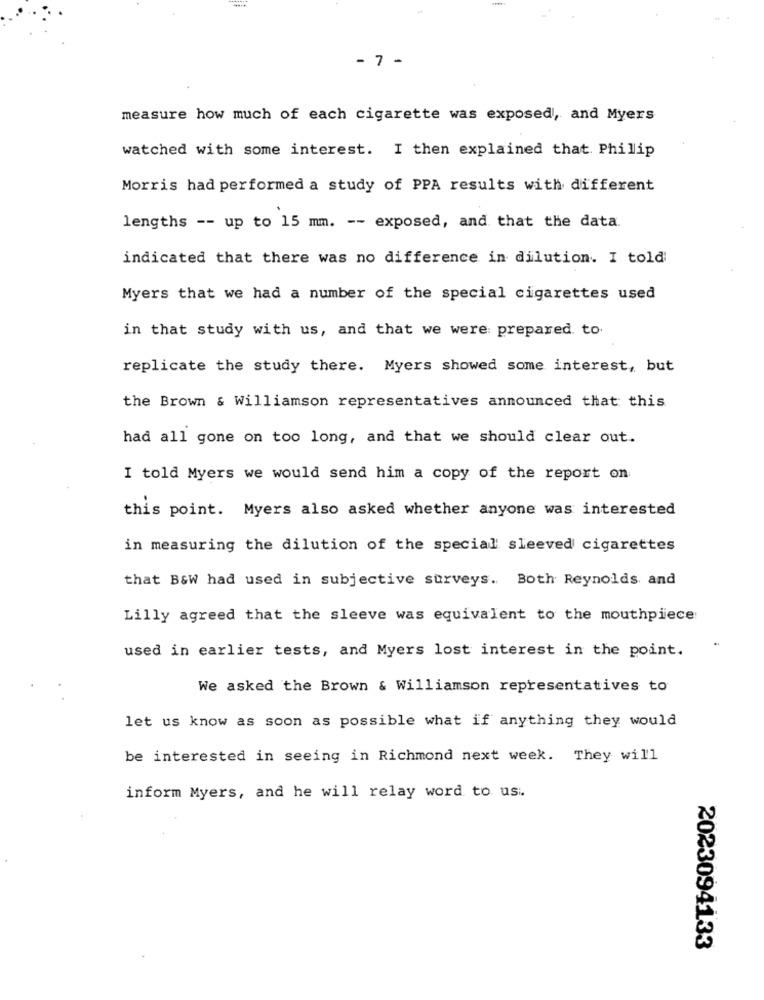
- 7 -
measure how much of each cigarette was exposed, and Myers
watched with some interest. I then explained that. Phillip
Morris had performed a study of PPA results with different
lengths -- up to 15 mm. -- exposed, and that the data.
indicated that there was no difference in dilution. I told
Myers that we had a number of the special cigarettes used
in that study with us, and that we were prepared. to.
replicate the study there. Myers showed some interest, but
the Brown & Williamson representatives announced that this
had all gone on too long, and that we should clear out.
I told Myers we would send him a copy of the report on
this point. Myers also asked whether anyone was interested
in measuring the dilution of the special sleeved cigarettes
that B&W had used in subjective surveys. Both Reynolds and
Lilly agreed that the sleeve was equivalent to the mouthpiece
used in earlier tests, and Myers lost interest in the point.
We asked the Brown & Williamson representatives to
let us know as soon as possible what if anything they would
be interested in seeing in Richmond next week. They will
inform Myers, and he will relay word to usi.
2023094133